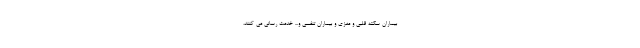
بیماران سکته قلبی و مغزی و بیماران تنفسی و... خدمت رسانی می کنند،